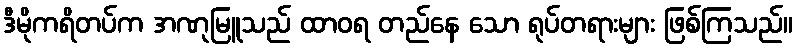
ဒီမိုကရိတပ်က အဏုမြူသည် ထာဝရ တည်နေ သော ရုပ်တရားများ ဖြစ်ကြသည်။